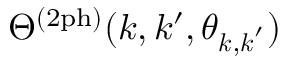
\Theta ^ { ( \mathrm { 2 p h } ) } ( k , k ^ { \prime } , \theta _ { \boldsymbol { k } , \boldsymbol { k } ^ { \prime } } )